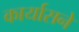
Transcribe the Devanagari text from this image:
कार्यासने